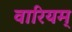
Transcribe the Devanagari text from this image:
वारियम्